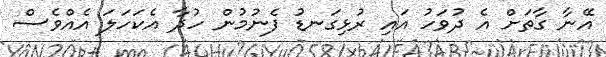
އޭނާ ގާތަށް އެ ދުވަހު އައި ރުޅިގަނޑު ފެނުމުން ހުދާ އެކަހަލަ އެއްވެސް